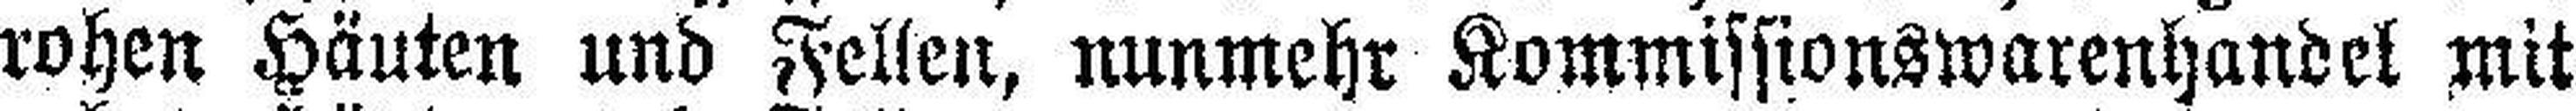
rohen Häuten und Fellen, nunmehr Kommissionswarenhandel mit